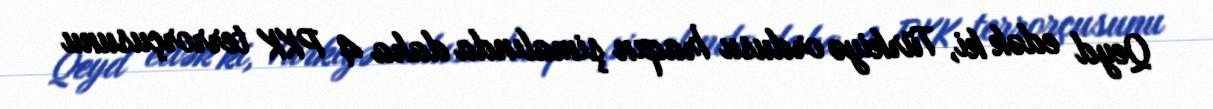
Qeyd edək ki, Türkiyə ordusu İraqın şimalında daha 4 PKK terrorçusunu